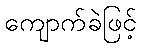
ကျောက်ခဲဖြင့်